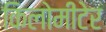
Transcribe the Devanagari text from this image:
किलोमीटेर